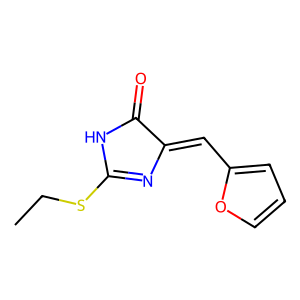
SMILES: CCSC1=NC(=Cc2ccco2)C(=O)N1
Inhibits HIV replication: No